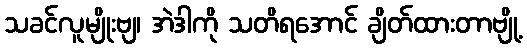
သခင်လူမျိုးဗျ၊ အဲဒါကို သတိရအောင် ချိတ်ထားတာဗျို့